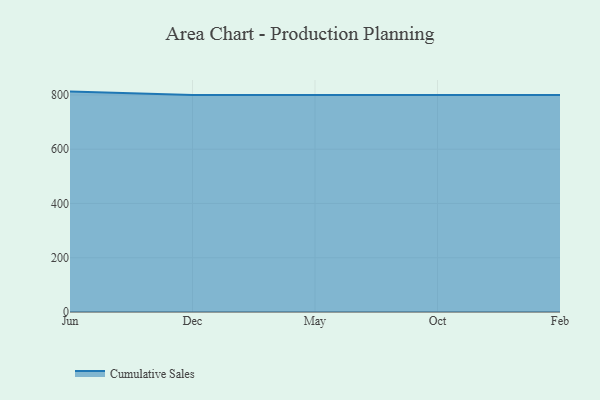
{"axis": {"x": "Month", "y": "Population (Million)"}, "legend": ["Cumulative Sales"], "data": [{"x": "Jun", "y": 812.3, "type": "Cumulative Sales"}, {"x": "Dec", "y": 800, "type": "Cumulative Sales"}, {"x": "May", "y": 800, "type": "Cumulative Sales"}, {"x": "Oct", "y": 800, "type": "Cumulative Sales"}, {"x": "Feb", "y": 800, "type": "Cumulative Sales"}]}